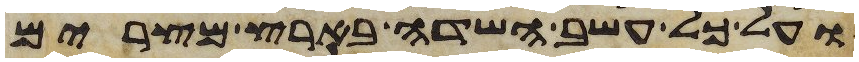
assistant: ועל כל עשב השדה בארץ מצרים